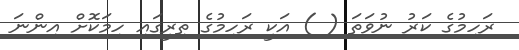
ރަހިމުގެ ކަރު ނުވަތަ ( ) އަކީ ރަހިމުގެ ތިރީގައި ހިމަކޮށް އިންނަ